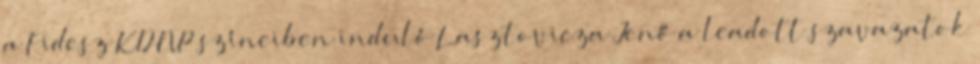
a Fidesz–KDNP színeiben induló Lasztovicza Jenő a leadott szavazatok